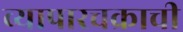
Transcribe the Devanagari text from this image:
व्यापारचक्राची